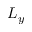
L _ { y }